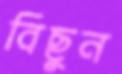
বিছুন